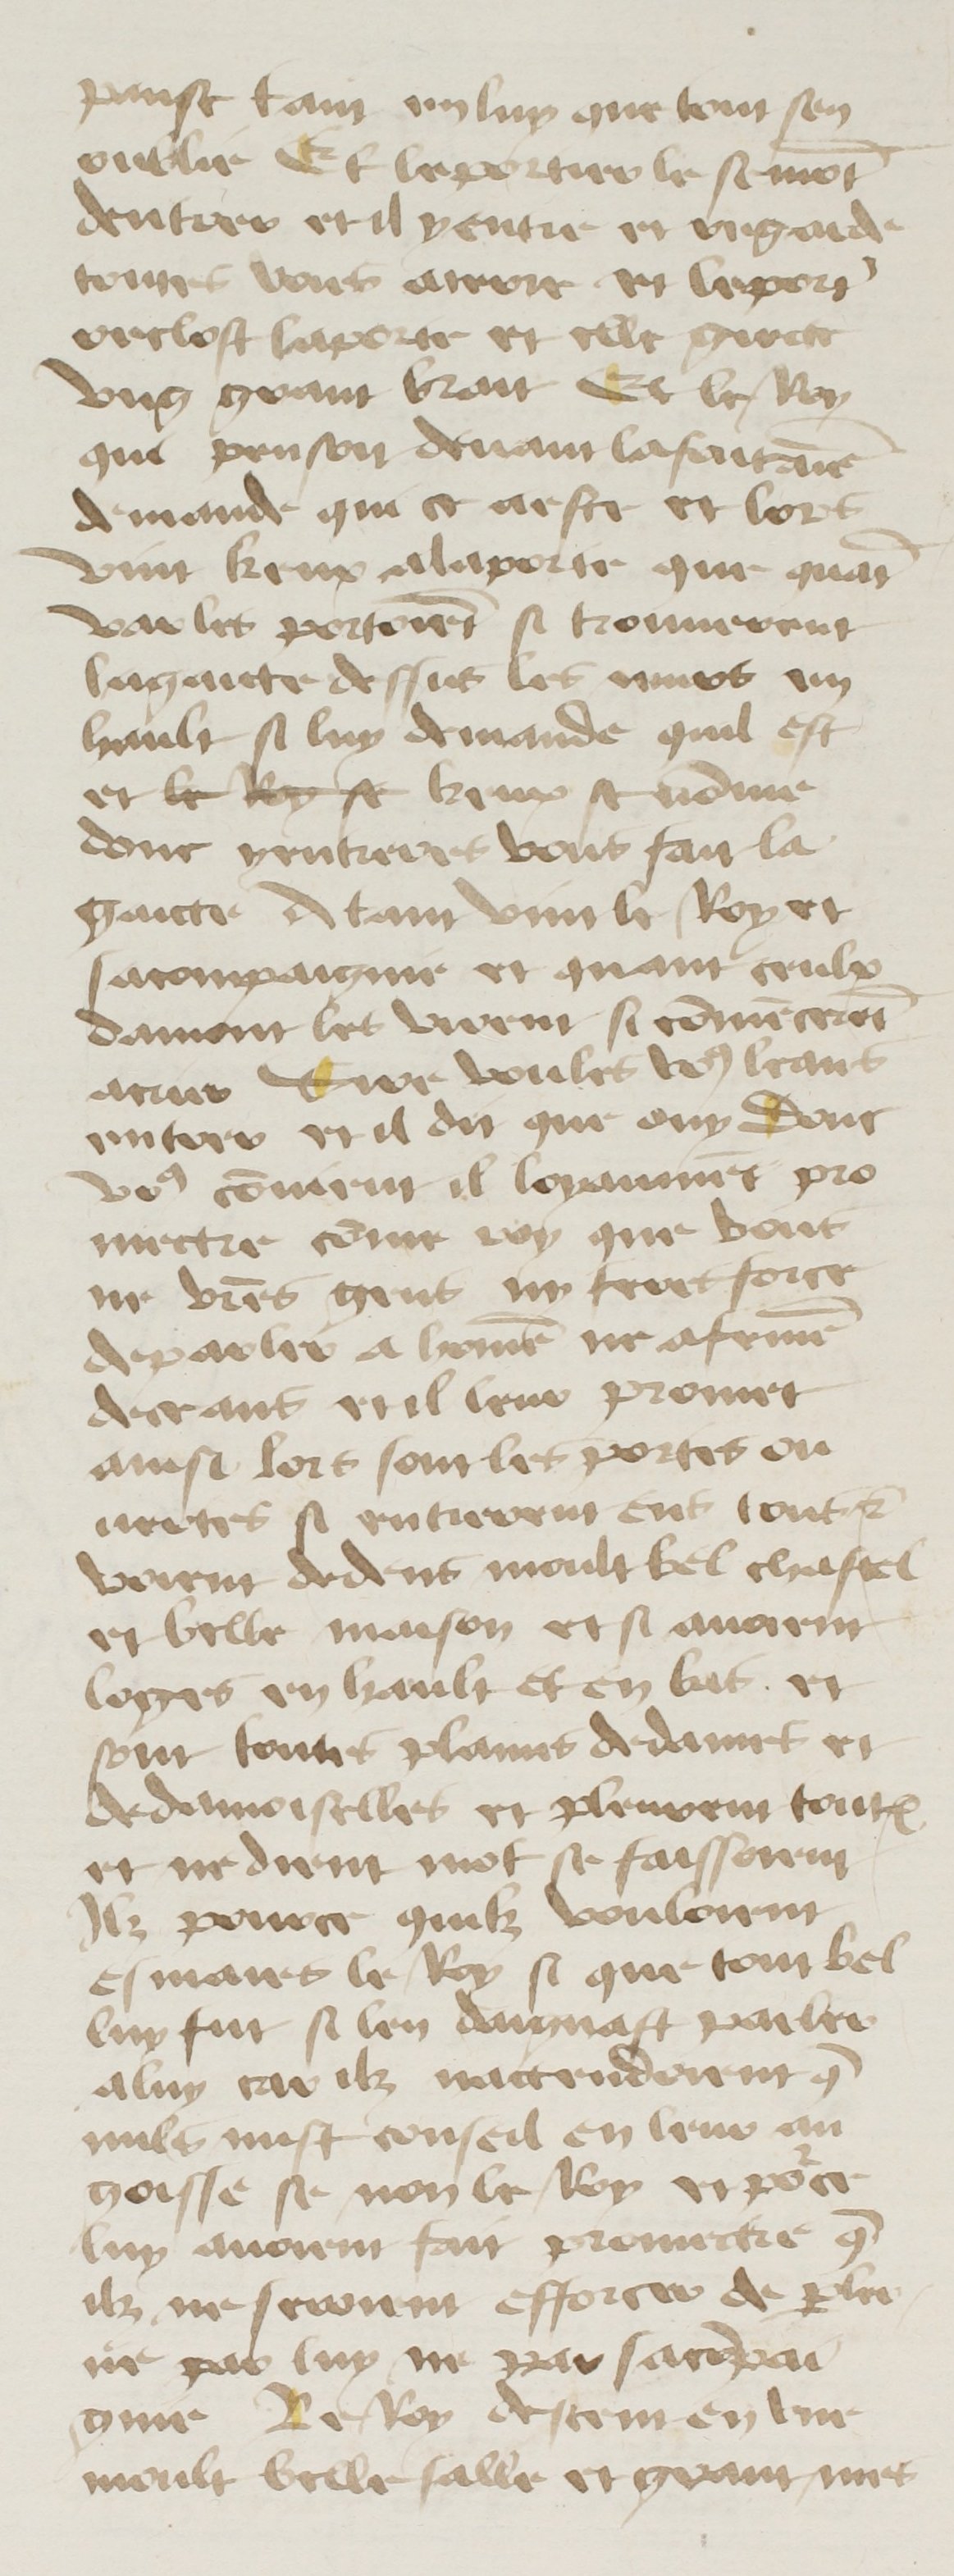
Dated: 1400–1499